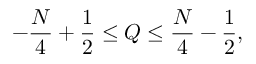
- \frac { N } { 4 } + \frac { 1 } { 2 } \leq Q \leq \frac { N } { 4 } - \frac { 1 } { 2 } ,